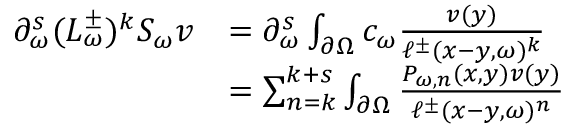
\begin{array} { r l } { \partial _ { \omega } ^ { s } ( L _ { \omega } ^ { \pm } ) ^ { k } S _ { \omega } v } & { = \partial _ { \omega } ^ { s } \int _ { \partial \Omega } c _ { \omega } \frac { v ( y ) } { \ell ^ { \pm } ( x - y , \omega ) ^ { k } } } \\ & { = \sum _ { n = k } ^ { k + s } \int _ { \partial \Omega } \frac { P _ { \omega , n } ( x , y ) v ( y ) } { \ell ^ { \pm } ( x - y , \omega ) ^ { n } } } \end{array}